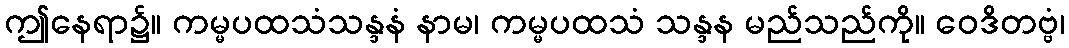
ဤနေရာ၌။ ကမ္မပထသံသန္ဒနံ နာမ၊ ကမ္မပထသံ သန္ဒန မည်သည်ကို။ ဝေဒိတဗ္ဗံ၊